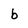
Character: b